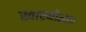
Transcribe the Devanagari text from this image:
स्वास्थोद्धार